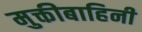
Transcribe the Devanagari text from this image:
मुक्तीबाहिनी